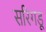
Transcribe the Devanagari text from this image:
सरिगडू